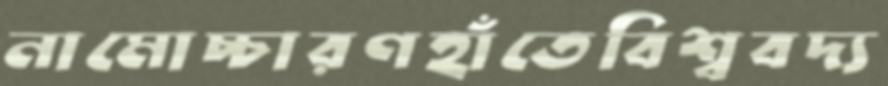
নামোচ্চারণহাঁতেবিশ্ববদ্য